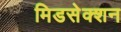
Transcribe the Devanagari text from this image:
मिडसेक्शन